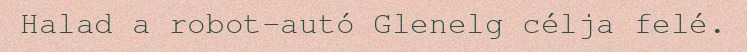
Halad a robot-autó Glenelg célja felé.